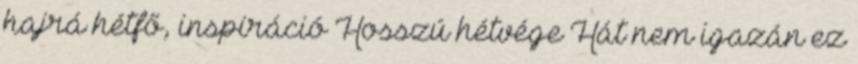
hajrá hétfő, inspiráció Hosszú hétvége Hát nem igazán ez